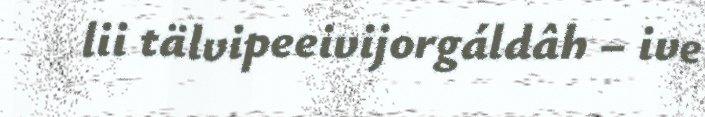
lii tälvipeeivijorgáldâh – ive